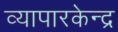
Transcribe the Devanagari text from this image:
व्यापारकेन्द्र